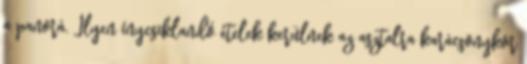
a panorá. Ilyen ínycsiklandó ételek kerülnek az asztalra karácsonykor